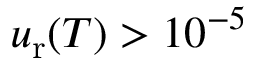
u _ { \mathrm { r } } ( T ) > 1 0 ^ { - 5 }